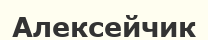
Алексейчик